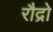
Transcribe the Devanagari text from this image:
रौद्रो